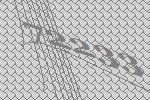
72233